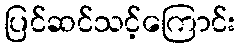
ပြင်ဆင်သင့်ကြောင်း